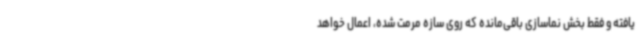
یافته و فقط بخش نماسازی باقی‌مانده که روی سازه مرمت شده، اعمال خواهد